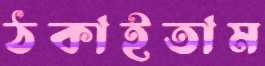
ঠকাইতাম